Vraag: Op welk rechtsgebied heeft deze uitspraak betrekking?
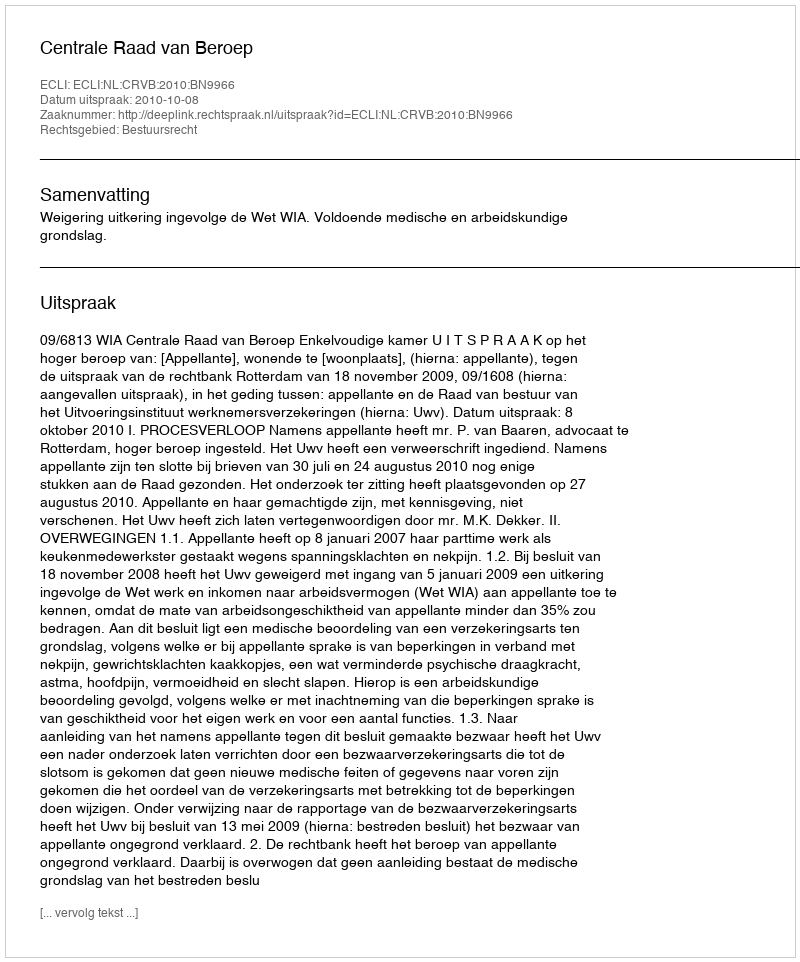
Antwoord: Bestuursrecht